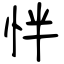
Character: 怑